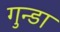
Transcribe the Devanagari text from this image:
गुन्डा